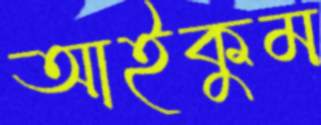
আইকুম